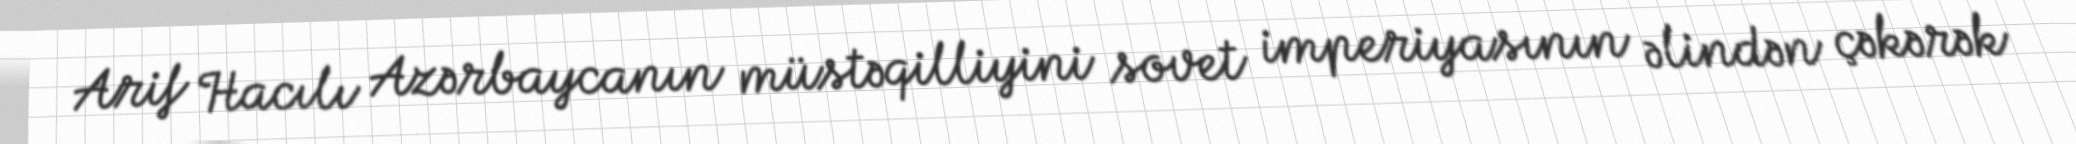
Arif Hacılı Azərbaycanın müstəqilliyini sovet imperiyasının əlindən çəkərək